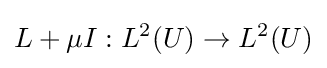
L+\mu I:L^{2}(U)\rightarrow L^{2}(U)